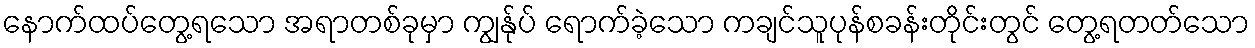
နောက်ထပ်တွေ့ရသော အရာတစ်ခုမှာ ကျွန်ုပ် ရောက်ခဲ့သော ကချင်သူပုန်စခန်းတိုင်းတွင် တွေ့ရတတ်သော